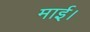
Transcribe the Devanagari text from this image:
माई।